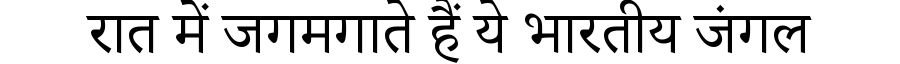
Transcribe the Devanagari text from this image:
रात में जगमगाते हैं ये भारतीय जंगल